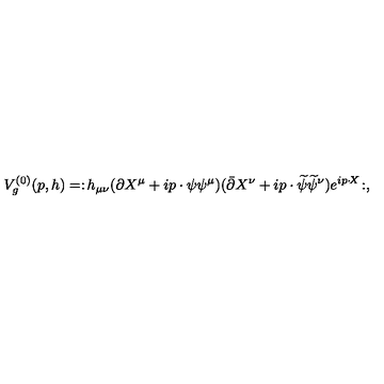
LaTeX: V _ { g } ^ { ( 0 ) } ( p , h ) = : \! h _ { \mu \nu } ( \partial X ^ { \mu } + i p \cdot \psi \psi ^ { \mu } ) ( { \bar { \partial } } X ^ { \nu } + i p \cdot { \widetilde \psi } { \widetilde \psi } ^ { \nu } ) e ^ { i p \cdot \! X } \! : ,